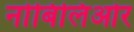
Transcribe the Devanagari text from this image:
नोबिलिओर